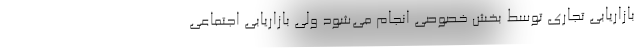
بازاریابی تجاری توسط بخش خصوصی انجام می‌شود ولی بازاریابی اجتماعی